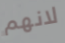
لانهم